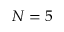
N = 5